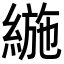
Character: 𦂛